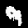
Digit: 9